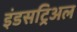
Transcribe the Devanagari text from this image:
इंडसट्रिअल